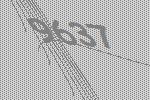
9637